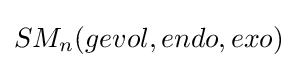
SM_{n}(gevol,endo,exo)